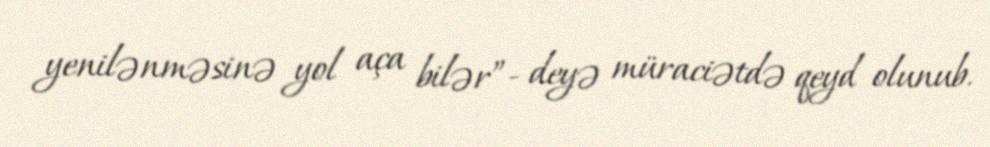
yenilənməsinə yol aça bilər”- deyə müraciətdə qeyd olunub.